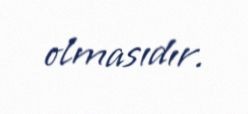
olmasıdır.